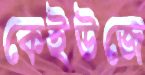
কেইউজে